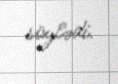
söylədi.